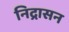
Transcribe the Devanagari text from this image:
निद्रासन